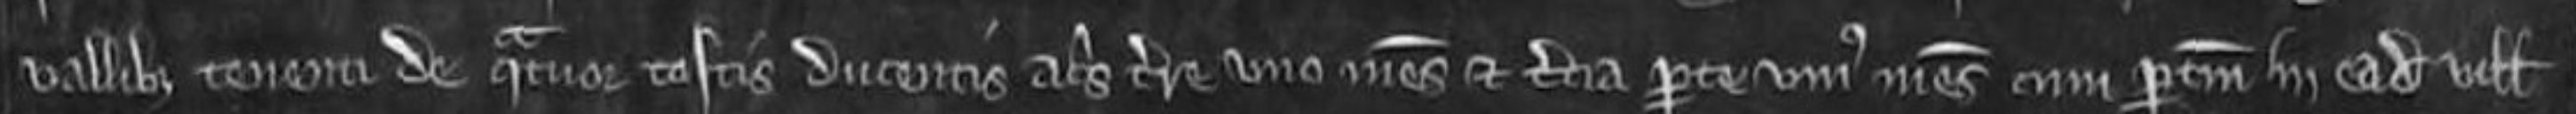
Vallibus tenenti de quatuor toftis ducentis acris terre uno mesuagio et tercia parte unius mesuagii cum pertinenciis in eadem villa